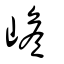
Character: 嶦